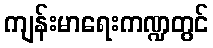
ကျန်းမာရေးကဏ္ဍတွင်